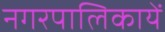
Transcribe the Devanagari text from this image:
नगरपालिकायें